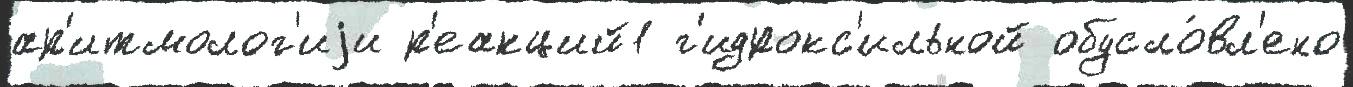
ар'итмолог'иjи р'еакций1 г'идрокс'ильной обусло́вл'ено